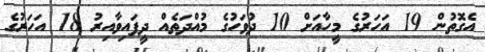
އެގޮތުން 19 އަހަރުގެ މީހާއަށް 10 ދުވަހުގެ މުއްދަތެއް ދީފައިވާއިރު 18 އަހަރުގެ